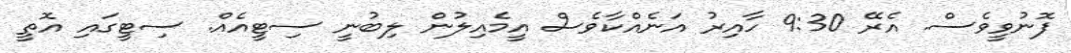
ފޮނުވީވެސް. އެރޭ 9:30 ހާއިރު އަނެއްކާވެސް އީމެއިލުން ލިބުނީ ސިޓީއެއް. ސިޓީގައި އޮތީ